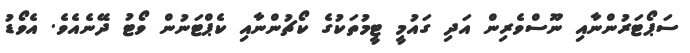
ސަޕޯޓަރުންނާއި ނޫސްވެރިން އަދި ގައުމީ ޓީމުތަކުގެ ކޯޗުންނާއި ކެޕްޓަނުން ވޯޓު ދޭނެއެވެ. އެވޯޑު